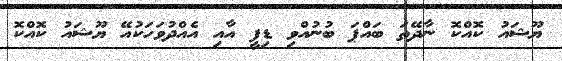
ޔޫޝައު ކޮއްކޮ ނާދޭތަ ބައްޕަ ބުނުއްވި ޑިފީ އާއި އެއްދުވަހަކުއޭ ޔޫޝައު ކޮއްކޮ